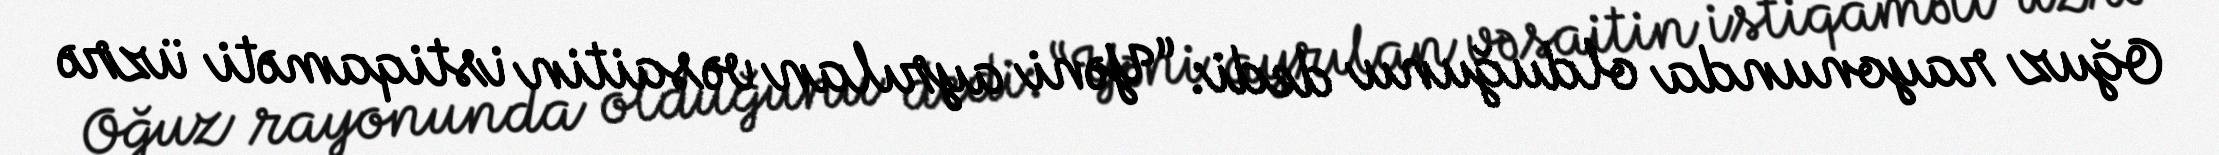
Oğuz rayonunda olduğunu dedi: “Yəni ayrılan vəsaitin istiqaməti üzrə